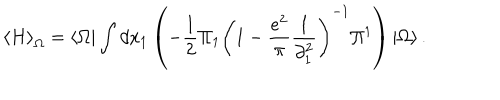
LaTeX: \left\langle H \right\rangle _ { \Omega } = \left\langle \Omega \right| \int { d x _ { 1 } } \left( { - \frac { 1 } { 2 } \Pi _ { 1 } \left( { 1 - \frac { { e ^ { 2 } } } { \pi } \frac { 1 } { { \partial _ { 1 } ^ { 2 } } } } \right) ^ { - 1 } \Pi ^ { 1 } } \right) \left| \Omega \right\rangle .